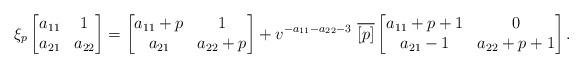
LaTeX: \begin{align*}\xi_p \left [\begin{matrix}a_{11} & 1\\a_{21} & a_{22}\end{matrix}\right ]=\left [\begin{matrix}a_{11} + p & 1 \\a_{21} & a_{22}+p\end{matrix}\right ]+ v^{-a_{11} - a_{22} -3 } \ \overline{[p]}\left [\begin{matrix}a_{11} +p+1 & 0\\a_{21}-1 & a_{22} +p +1\end{matrix}\right ].\end{align*}